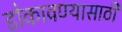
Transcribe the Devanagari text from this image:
डोकावण्यासाठी